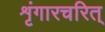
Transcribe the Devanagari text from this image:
शृंगारचरित्